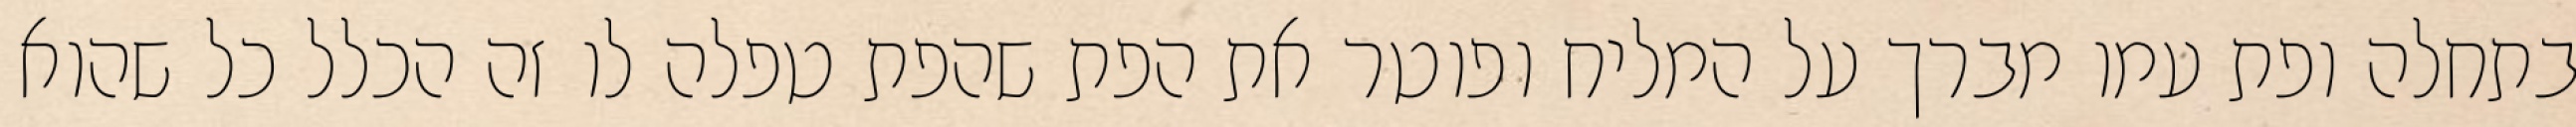
בתחלה ופת עמו מברך על המליח ופוטר את הפת שהפת טפלה לו זה הכלל כל שהוא